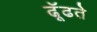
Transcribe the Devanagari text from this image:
ढूॅढते